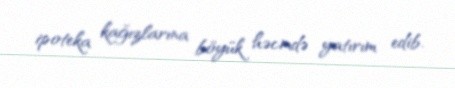
ipoteka kağızlarına böyük həcmdə yatırım edib.